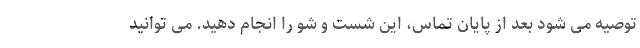
توصیه می شود بعد از پایان تماس، این شست و شو را انجام دهید. می توانید